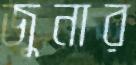
জুনার